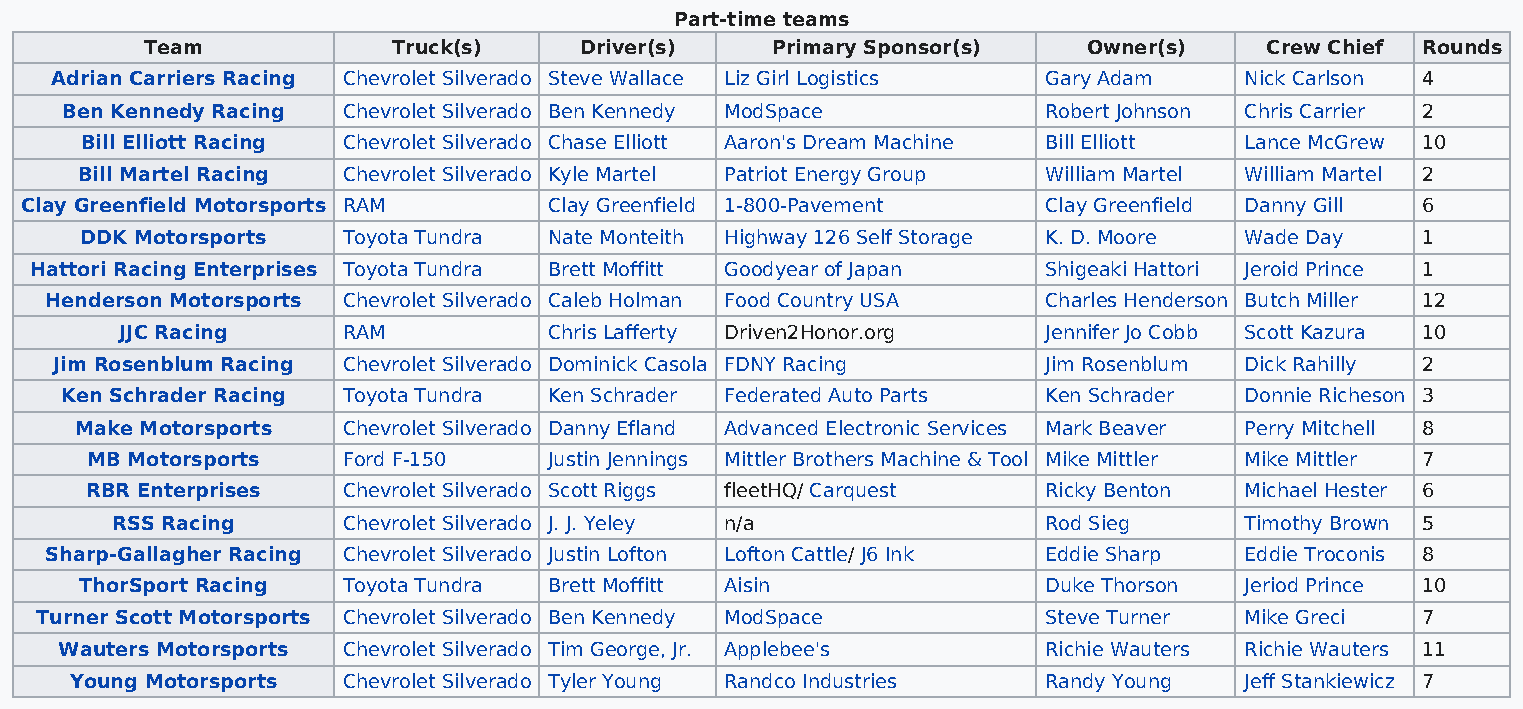
Part-time teams
 Team            Truck(s)    Driver(s)    Primary Sponsor(s)   Owner(s)    Crew Chief Rounds
 Adrian Carriers Racing Chevrolet Silverado Steve Wallace Liz Girl Logistics Gary Adam Nick Carlson 4
 Ben Kennedy Racing Chevrolet Silverado Ben Kennedy ModSpace      Robert Johnson Chris Carrier 2
 Bill Elliott Racing Chevrolet Silverado Chase Elliott Aaron's Dream Machine Bill Elliott Lance McGrew 10
 Bill Martel Racing Chevrolet Silverado Kyle Martel Patriot Energy Group William Martel William Martel 2
 Clay Greenfield Motorsports RAM    Clay Greenfield 1-800-Pavement   Clay Greenfield Danny Gill 6
 DDK Motorsports   Toyota Tundra Nate Monteith Highway 126 Self Storage K. D. Moore Wade Day 1
 Hattori Racing Enterprises Toyota Tundra Brett Moffitt Goodyear of Japan Shigeaki Hattori Jeroid Prince 1
 Henderson Motorsports Chevrolet Silverado Caleb Holman Food Country USA Charles Henderson Butch Miller 12
 JJC Racing     RAM          Chris Lafferty Driven2Honor.org  Jennifer Jo Cobb Scott Kazura 10
 Jim Rosenblum Racing Chevrolet Silverado Dominick Casola FDNY Racing Jim Rosenblum Dick Rahilly 2
 Ken Schrader Racing Toyota Tundra Ken Schrader Federated Auto Parts Ken Schrader Donnie Richeson 3
 Make Motorsports  Chevrolet Silverado Danny Efland Advanced Electronic Services Mark Beaver Perry Mitchell 8
 MB Motorsports   Ford F-150   Justin Jennings Mittler Brothers Machine & Tool Mike Mittler Mike Mittler 7
 RBR Enterprises  Chevrolet Silverado Scott Riggs fleetHQ/ Carquest Ricky Benton Michael Hester 6
 RSS Racing      Chevrolet Silverado J. J. Yeley n/a           Rod Sieg     Timothy Brown 5
 Sharp-Gallagher Racing Chevrolet Silverado Justin Lofton Lofton Cattle/ J6 Ink Eddie Sharp Eddie Troconis 8
 ThorSport Racing  Toyota Tundra Brett Moffitt Aisin             Duke Thorson Jeriod Prince 10
 Turner Scott Motorsports Chevrolet Silverado Ben Kennedy ModSpace  Steve Turner Mike Greci  7
 Wauters Motorsports Chevrolet Silverado Tim George, Jr. Applebee's Richie Wauters Richie Wauters 11
 Young Motorsports Chevrolet Silverado Tyler Young Randco Industries Randy Young Jeff Stankiewicz 7